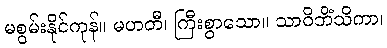
မစွမ်းနိုင်ကုန်။ မဟတီ၊ ကြီးစွာသော။ သာဝိဘိံသိကာ၊